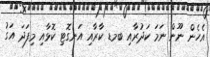
އެހެން ނޫން ނަމަ ކަދުރާއި ބމޑ ކާރާއި އަނގޮޓި ކޮޅާއި މިފަދަ އަގު